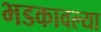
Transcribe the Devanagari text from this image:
भडकावल्या